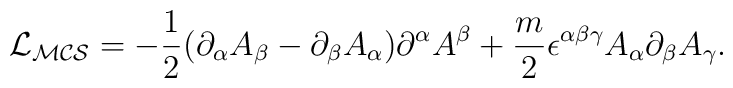
{\cal {L}_{MCS}}=-\frac{1}{2}(\partial_{\alpha}A_{\beta}-\partial_{\beta}A_{\alpha})\partial^{\alpha}A^{\beta}+\frac{m}{2}\epsilon^{\alpha\beta\gamma}A_{\alpha}\partial_{\beta}A_{\gamma}.